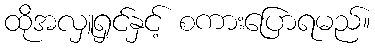
ထိုအလှူရှင်နှင့် စကားပြောရမည်။